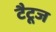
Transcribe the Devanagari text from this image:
टैटूज